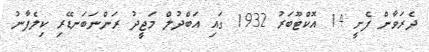
ދެރަވާން ފެށީ 14 އޮކްޓޫބަރު 1932 ގައި އަބްދުލް މަޖީދު ރަންނަބަނޑޭރި ކިލެފާނު